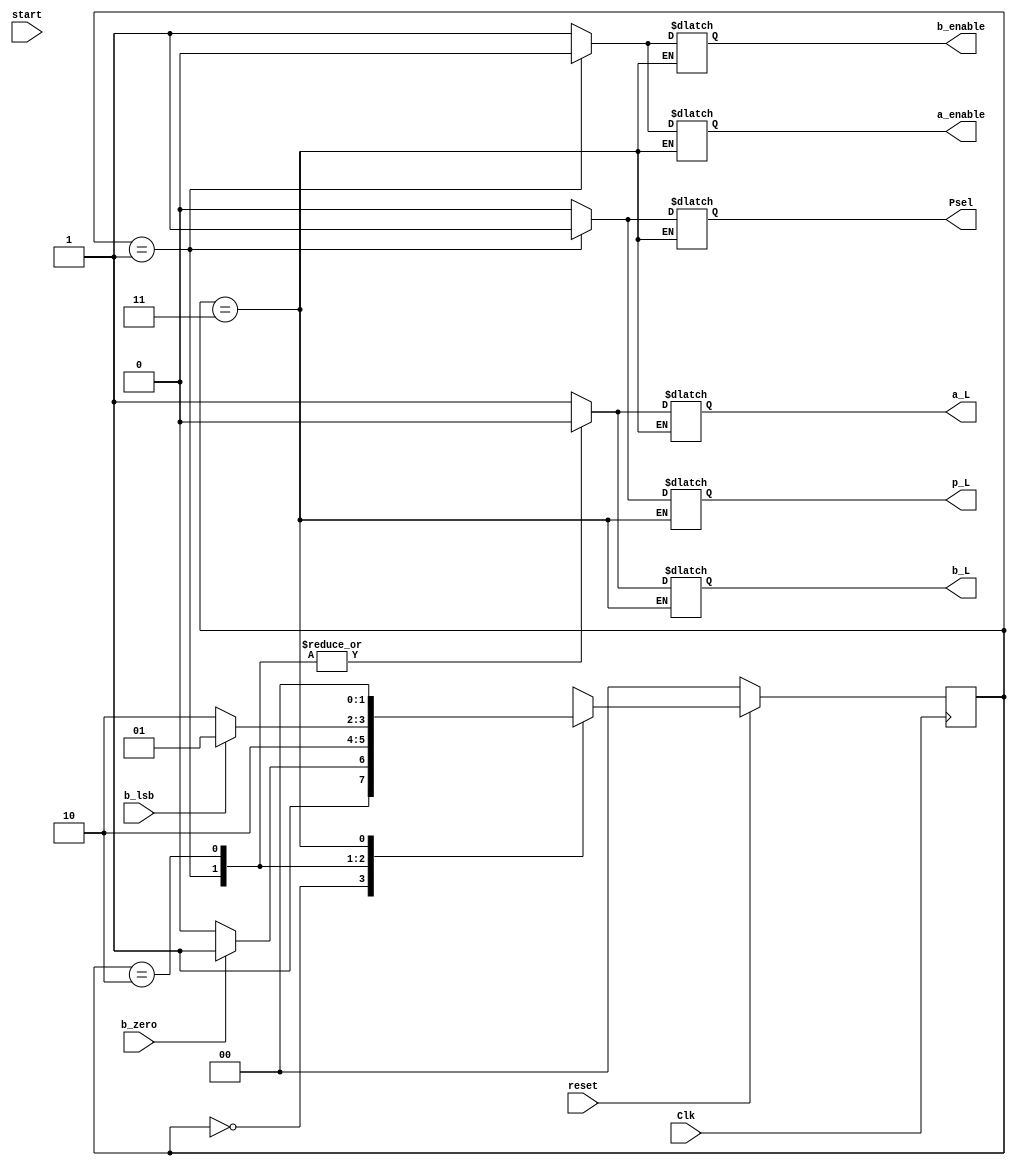
module mult(Clk,reset,start,a_enable,a_L,Psel,p_L,b_enable,b_L,b_lsb,b_zero);
localparam Start=0, Add=1, Shift=2, finish=3;
reg [1:0] state, nxtState;
input Clk,reset,start,b_lsb,b_zero;
output a_enable,b_enable,Psel,a_L,b_L,p_L;
wire a_enable,b_enable,Psel,a_L,b_L,p_L;

always @(posedge Clk) begin 
	if(!reset) begin 
	state <=Start;
	end 
	else begin 
	state <= nxtState; 
	end 	
end

always @(*) begin
case(state) 
	Start: begin
	   if(!start)
		nxtState = Start;
	   if(b_zero)
		nxtState = finish;
	   else
	        nxtState = Shift;
	   a_enable=1;
	   b_enable=1;
	   a_L =1;
	   b_L=1;
	   Psel=0;
	   p_L=0;
	end
	Add: begin
	     nxtState = Shift;
	     Psel=1;
	     p_L=1;
	     a_enable=0;
	     b_enable=0;
	     a_L=0;
	     b_L=0;
	end 
	Shift: begin
	   if(b_zero)
		nxtState = finish;
	   if(b_lsb)
		nxtState = Add;
	   else
		nxtState = Shift;
	   a_enable=1;
	   b_enable=1;
	   a_L=0;
	   b_L=0;
           Psel=0;
	   p_L=0;
	end 
	finish: begin
	nxtState = Start;
	end
	endcase
end
endmodule